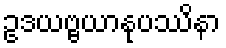
ဥဒယဗ္ဗယာနုပဿိနာ